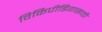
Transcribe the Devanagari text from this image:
विकिपीडियासाठी